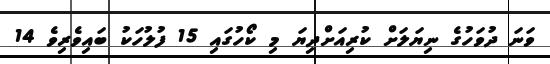
ވަނަ ދުވަހުގެ ނިޔަލަށް ކުރިއަށްދިޔަ މި ކޯހުގައި 15 ފުލުހަކު ބައިވެރިވެ 14